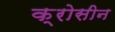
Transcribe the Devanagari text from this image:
क्रोसीन